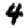
Digit: 4